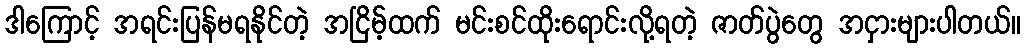
ဒါကြောင့် အရင်းပြန်မရနိုင်တဲ့ အငြိမ့်ထက် မင်းစင်ထိုးရောင်းလို့ရတဲ့ ဇာတ်ပွဲတွေ အငှားများပါတယ်။